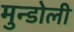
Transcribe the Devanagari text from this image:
मुन्डोली